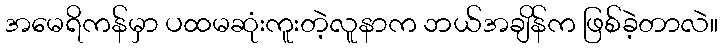
အမေရိကန်မှာ ပထမဆုံးကူးတဲ့လူနာက ဘယ်အချိန်က ဖြစ်ခဲ့တာလဲ။